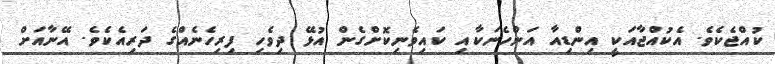
ކުއްޖެކެވެ. އެކުއްޖާއަކީ އިންޑިއާ އަންހެނަކާއި ކައިވެނިކޮށްގެން އުޅޭ ދިވެހި ފިރިހެނެއްގެ ދަރިއެކެވެ. އޭނާއަށް